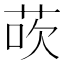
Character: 𫈀